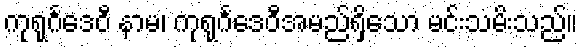
ကုရုင်္ဂဒေဝီ နာမ၊ ကုရုင်္ဂဒေဝီအမည်ရှိသော မင်းသမိးသည်။